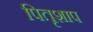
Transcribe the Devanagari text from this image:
पितृशाप